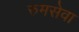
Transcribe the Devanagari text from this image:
रुमसेवा